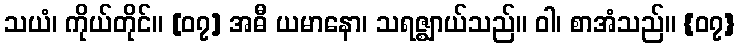
သယံ၊ ကိုယ်တိုင်။ [၀၇] အဓီ ယမာနော၊ သရဇ္ဈာယ်သည်။ ဝါ၊ စာအံသည်။ {၀၇}